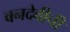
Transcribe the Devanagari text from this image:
वनदेवीची